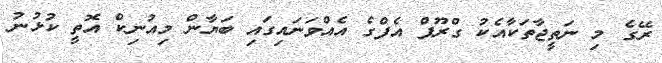
ރޭގެ މި ނަތީޖާތަކާއެކު ގްރޫޕް އެފްގެ އެއްވަނައިގައި ބަޔާން މިއުނިކް އޮތީ ކުޅުނު